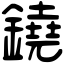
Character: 鐃